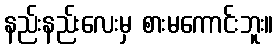
နည်းနည်းလေးမှ စားမကောင်းဘူး။